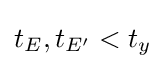
t_{E},t_{E'}<t_{y}